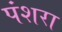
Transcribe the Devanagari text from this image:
पंशरा